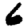
Digit: 6